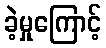
ခဲ့မှုကြောင့်